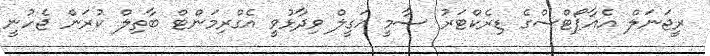
ރީޖަނަލް އެއާޕޯޓްސްގެ ޑިރެކްޓަރު ސާމީ އަގީލް ވިދާޅުވީ އެގްރިމަންޓް ބާތިލް ކުރަން ޖެހުނީ